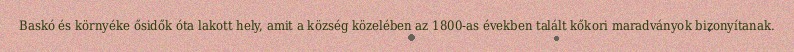
Baskó és környéke ősidők óta lakott hely, amit a község közelében az 1800-as években talált kőkori maradványok bizonyítanak.